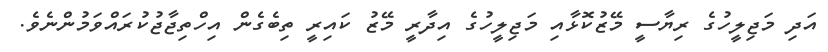
އަދި މަޖިލީހުގެ ރިޔާސީ މޭޒުކޮޅާއި މަޖިލީހުގެ އިދާރީ މޭޒު ކައިރީ ތިބެގެން އިހްތިޖާޖުކުރައްވަމުންނެވެ.